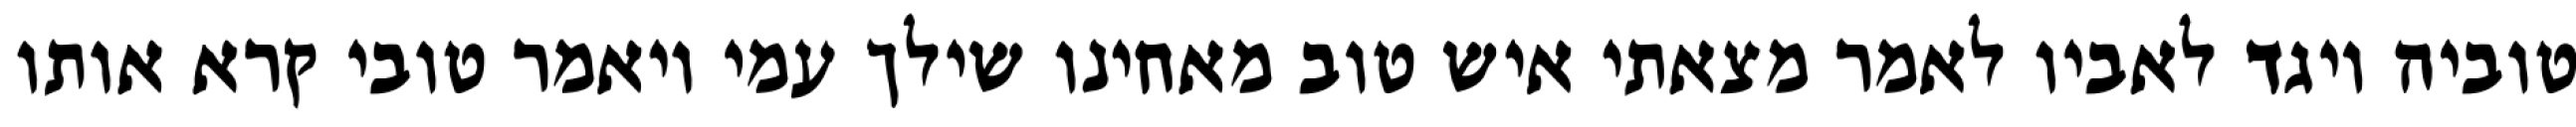
טוביה ויגד לאביו לאמר מצאתי איש טוב מאחינו שילך עמי ויאמר טובי קרא אותו